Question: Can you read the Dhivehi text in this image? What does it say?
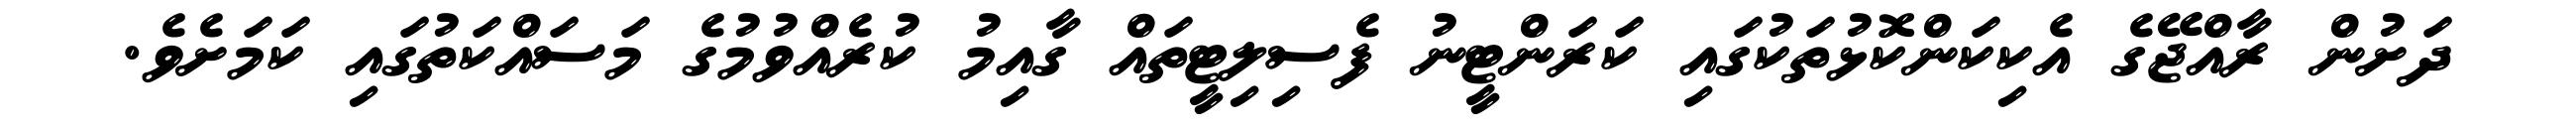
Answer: ދަށުން ރާއްޖޭގެ އެކިކަންކޮޅުތަކުގައި ކަރަންޓީނު ފެސިލިޓީތައް ގާއިމު ކުރެއްވުމުގެ މަސައްކަތުގައި ކަމަށެވެ.